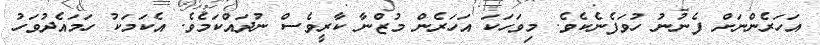
އަހަރެންނަށް ފެނުނު ހުވަފެނެކެވެ. މިވަހަކަ އަހަރެން މުޒްނާ ކާރީވެސް ނުދައްކަމެވެ. އެކަމަކު ހަމައެދުވަހު